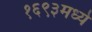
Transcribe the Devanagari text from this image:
१६९३मध्ये